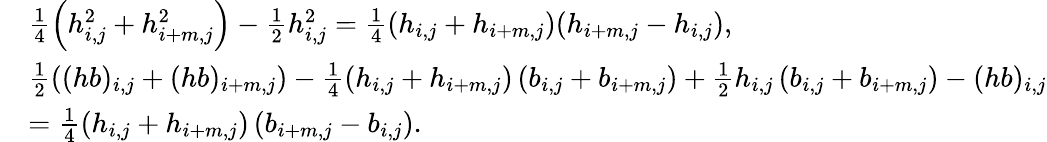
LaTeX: \begin{array}{rl}&{\frac{1}{4}\left({h}_{i,j}^{2}+{h}_{i+m,j}^{2}\right)-\frac{1}{2}h_{i,j}^{2}=\frac{1}{4}(h_{i,j}+h_{i+m,j})(h_{i+m,j}-h_{i,j}),}\\ &{\frac{1}{2}\left((hb)_{i,j}+(hb)_{i+m,j}\right)-\frac{1}{4}\left({h}_{i,j}+{h}_{i+m,j}\right)\left({b}_{i,j}+{b}_{i+m,j}\right)+\frac{1}{2}h_{i,j}\left({b}_{i,j}+{b}_{i+m,j}\right)-(hb)_{i,j}}\\ &{=\frac{1}{4}\left(h_{i,j}+h_{i+m,j}\right)\left(b_{i+m,j}-b_{i,j}\right).}\end{array}